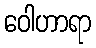
ဝေါဟာရာ